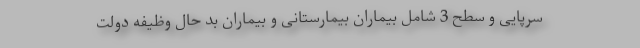
سرپایی و سطح 3 شامل بیماران بیمارستانی و بیماران بد حال وظیفه دولت